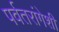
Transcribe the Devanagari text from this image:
पर्वतरांगेशी